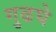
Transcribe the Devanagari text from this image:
गुढघे